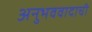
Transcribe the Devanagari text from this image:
अनुभववादाची